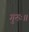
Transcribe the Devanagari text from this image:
गुरुः॥